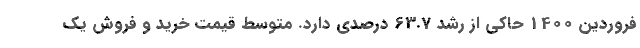
فروردین 1400 حاکی از رشد 63.7 درصدی دارد. متوسط قیمت خرید و فروش یک